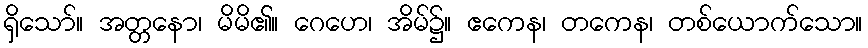
ရှိသော်။ အတ္တနော၊ မိမိ၏။ ဂေဟေ၊ အိမ်၌။ ဧကေန၊ တကေန၊ တစ်ယောက်သော။